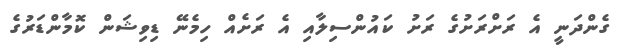
ގެންދަނީ އެ ރަށްރަށުގެ ރަށު ކައުންސިލާއި އެ ރަށެއް ހިމެނޭ ޑިވިޝަން ކޮމާންޑަރުގެ